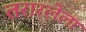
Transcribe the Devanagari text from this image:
तरारलेला